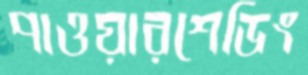
পাওয়ারশেডিং